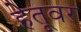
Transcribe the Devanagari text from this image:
हेतूवर